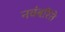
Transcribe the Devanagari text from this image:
नवंबरिंते